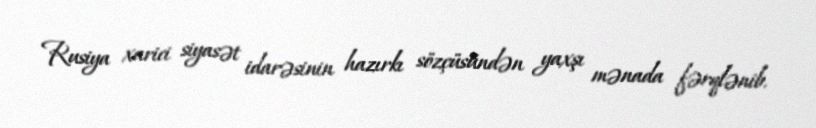
Rusiya xarici siyasət idarəsinin hazırkı sözçüsündən yaxşı mənada fərqlənib.